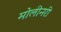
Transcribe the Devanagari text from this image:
मोलीनरी